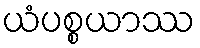
ယံပစ္စယာဿ